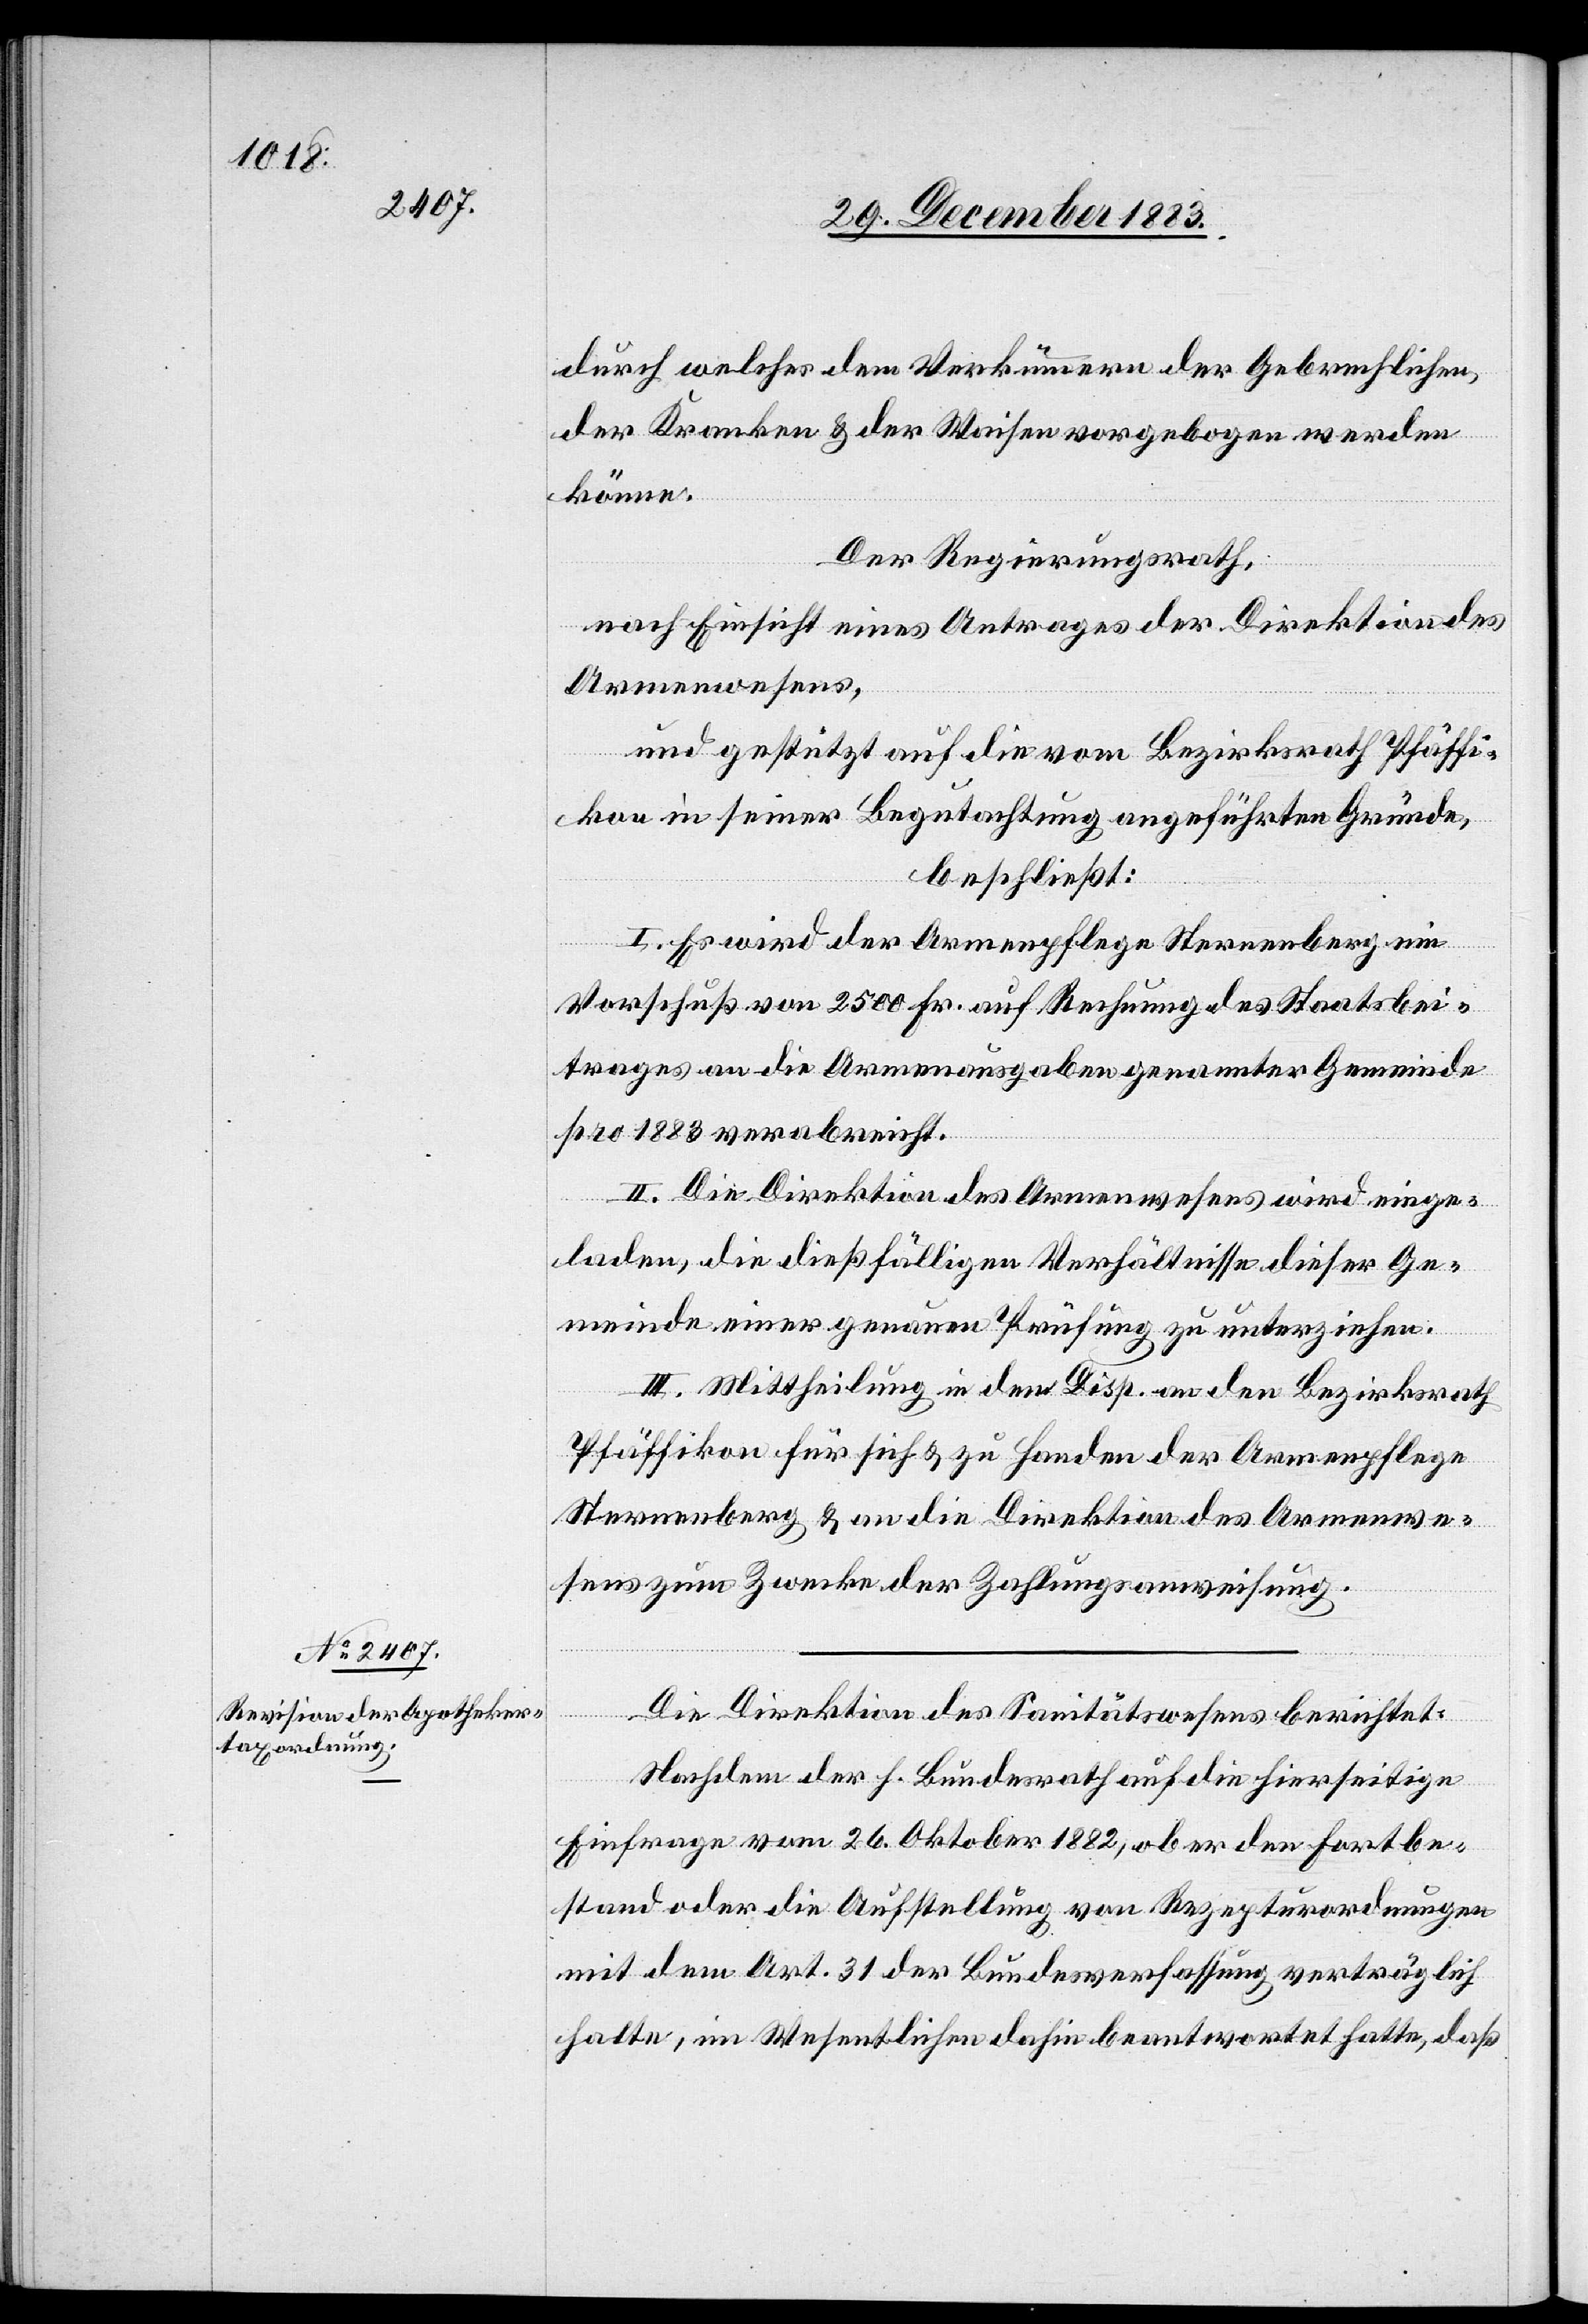
durch welches dem Verkümmern der Gebrechlichen,
der Kranken & der Waisen vorgebogen werden
könne.
Der Regierungsrath,
nach Einsicht eines Antrages der Direktion des
Armenwesens,
und gestützt auf die vom Bezirksrath Pfäffi¬
kon in seiner Begutachtung ausgeführten Gründe,
beschließt:
I. Es wird der Armenpflege Sternenberg ein
Vorschuß von 2500 Fr. auf Rechnung des Staatsbei¬
trages an die Armenausgaben genannter Gemeinde
pro 1883 verabreicht.
II. Die Direktion des Armenwesens wird einge¬
laden, die dießfälligen Verhältnisse dieser Ge¬
meinde einer genauen Prüfung zu unterziehen.
III. Mittheilung in dem Disp. an den Bezirksrath
Pfäffikon für sich & zu Handen der Armenpflege
Sternenberg & an die Direktion des Armenwe¬
sens zum Zwecke der Zahlungsanweisung.
Die Direktion des Sanitätswesens berichtet:
Nachdem der h. Bundesrath auf die hierseitige
Einfrage vom 26. Oktober 1882, ob er den Fortbe¬
stand oder die Aufstellung von Rezepturordnungen
mit dem Art. 31 der Bundesverfassung verträglich
halte, im Wesentlichen dahin beantwortet hatte, daß